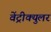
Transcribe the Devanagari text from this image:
वेंट्रीक्युलर